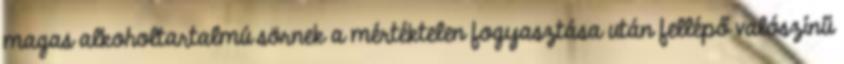
magas alkoholtartalmú sörnek a mértéktelen fogyasztása után fellépő valószínű